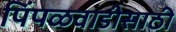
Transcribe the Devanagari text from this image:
पिंपळवाडीसाठी